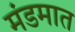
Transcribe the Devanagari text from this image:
मंडमात